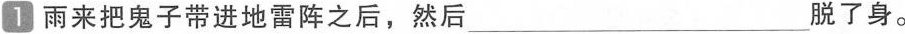
1 雨来把鬼子带进地雷阵之后，然后___脱了身。